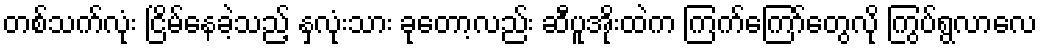
တစ်သက်လုံး ငြိမ်နေခဲ့သည့် နှလုံးသား ခုတော့လည်း ဆီပူအိုးထဲက ကြက်ကြော်တွေလို ကြွပ်ရွလာလေ